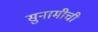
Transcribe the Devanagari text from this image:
सुनामीची